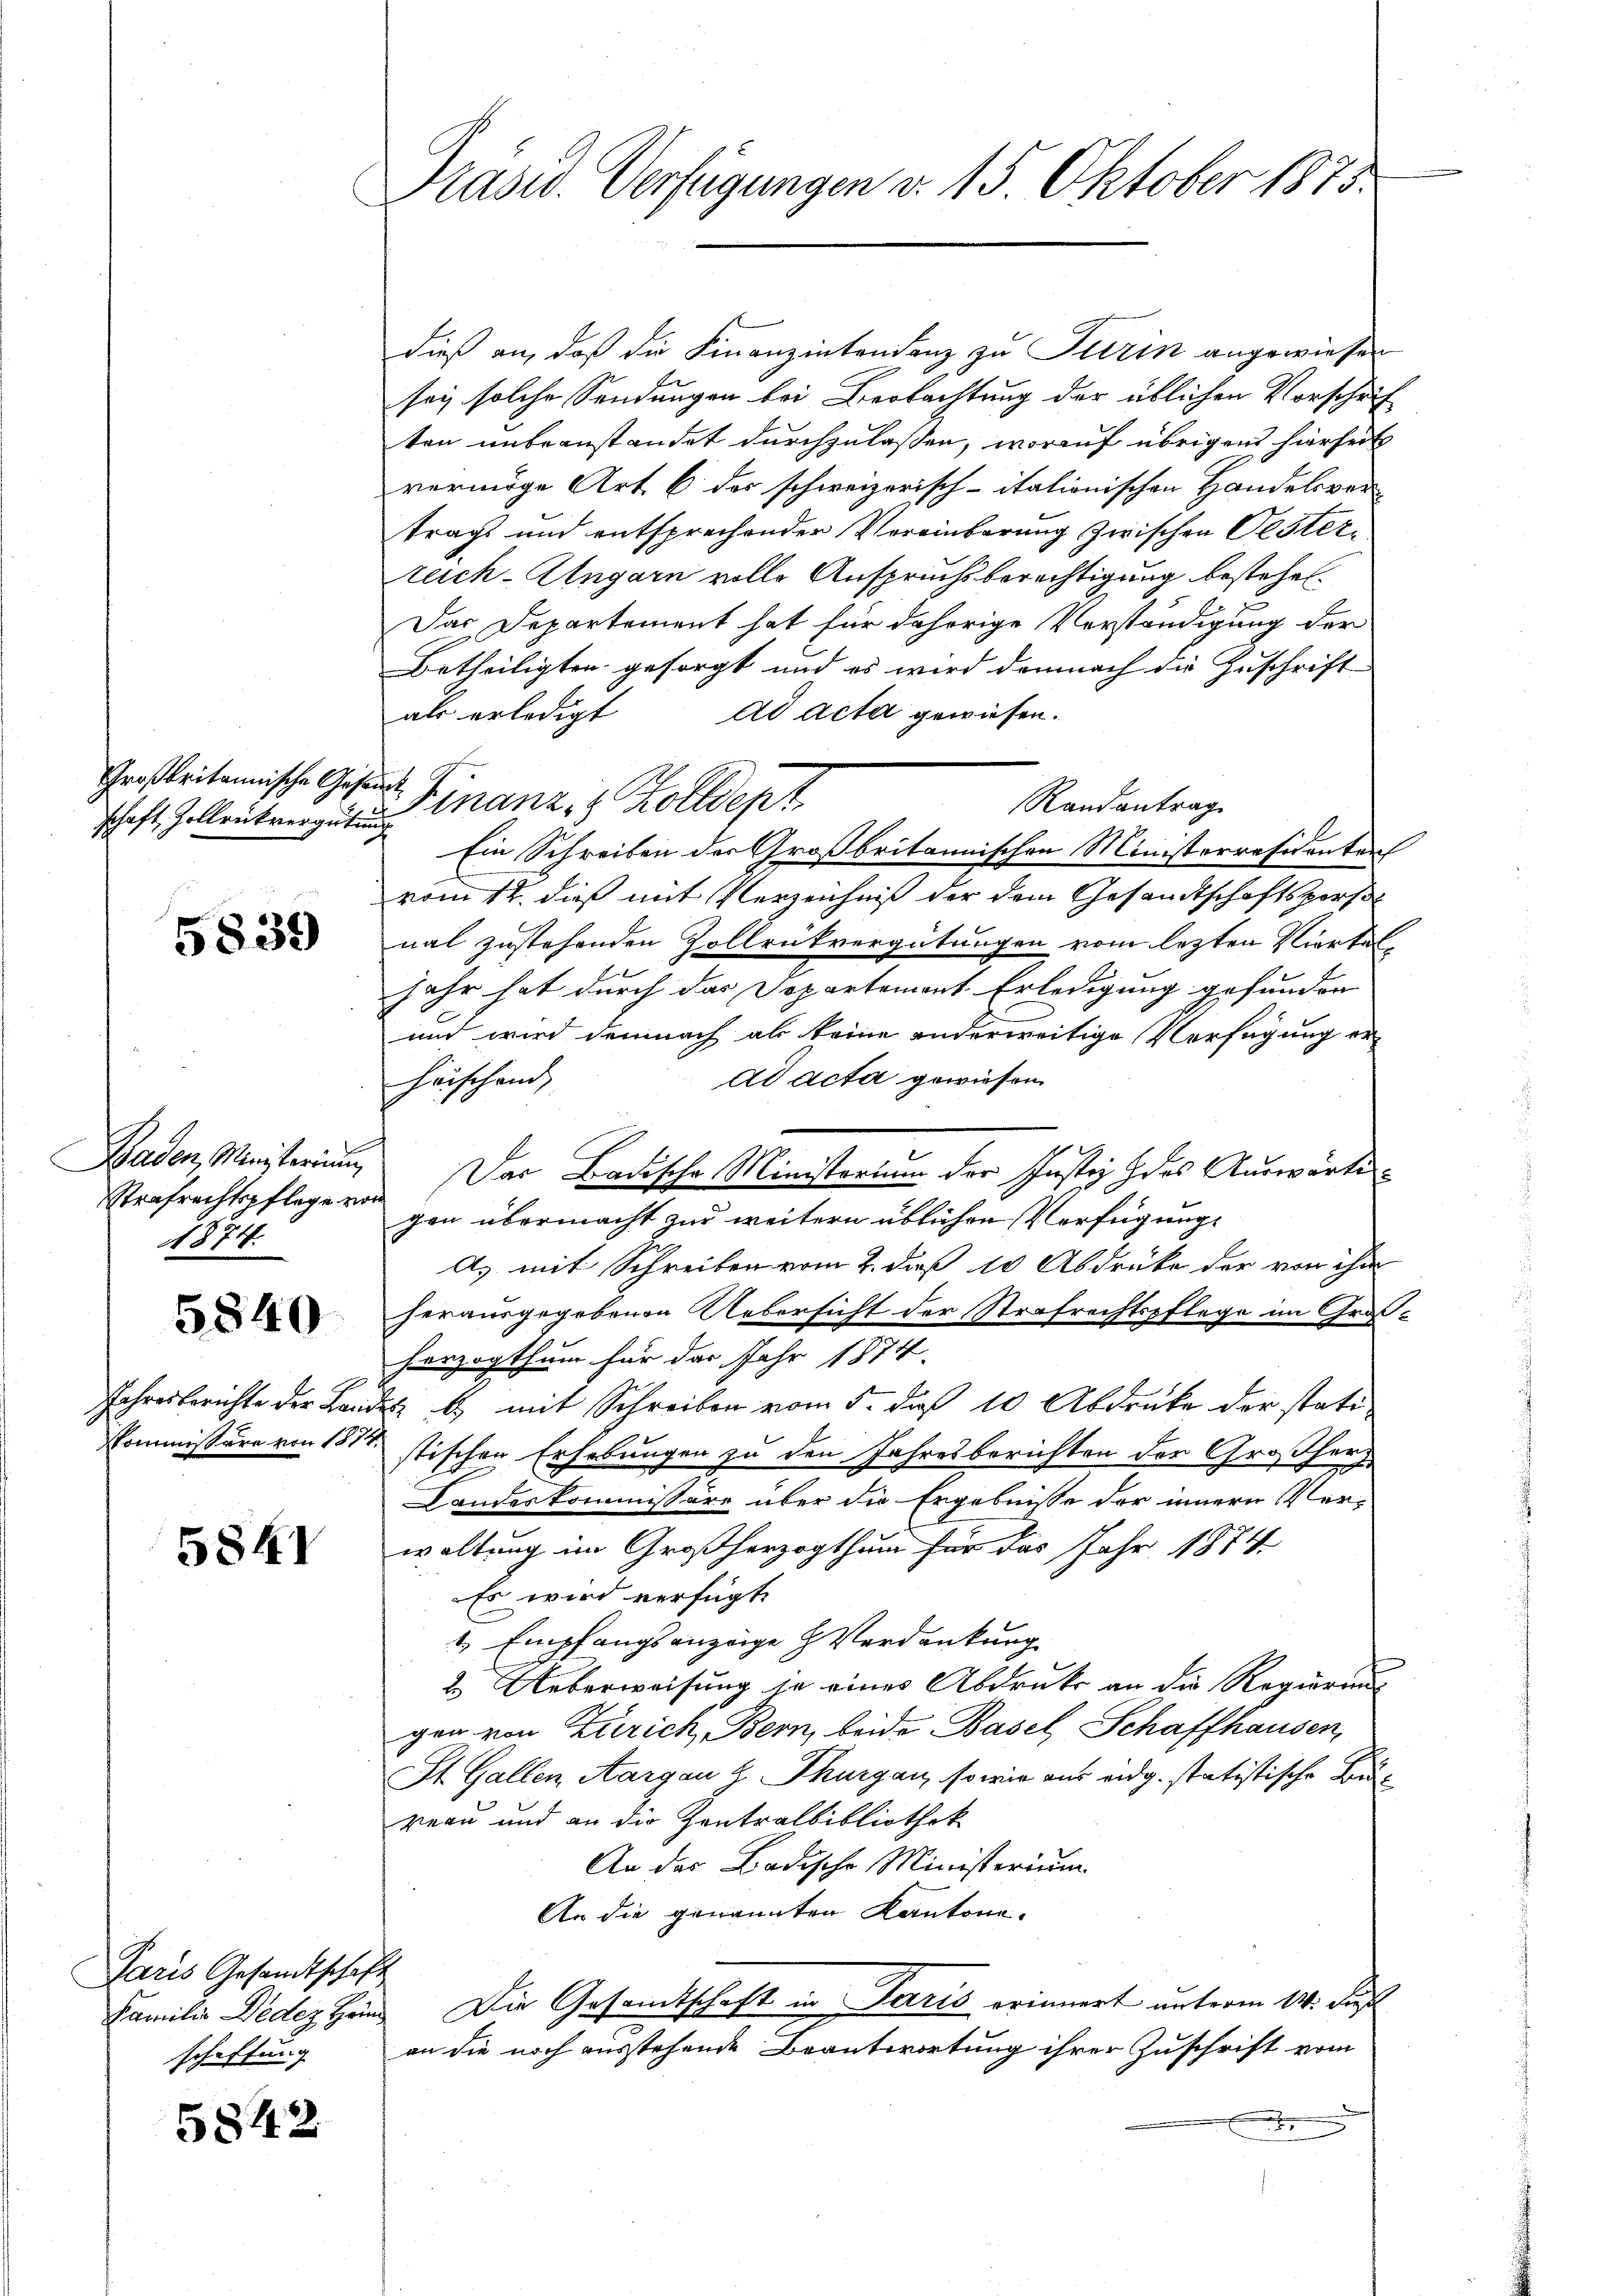
Großbritannische Gesandt

5839

Strafrechtspflege von
A874.

5840

5841

Paris Gesandtschaft
schaftung

5842

Präsid. Verfügungen d. 15. Oktober 1875.

schaft, Hollrukvergut inanz, 8 Zolldept

dieß an, daß die Finanzintrudenz zu Iltrin angewiesen
sey solche Sendungen bei Beobachtung der üblichen Vorschrif
ten unbeanstandet durchzulassen, worauf übrigens hierheit
vermöge Art. 6 des schweizerisch-itationischen Handelsver-
tragt und entsprechender Voreinbarung zwischen Oesterreich-Ungarn volle Anspruchsberechtigung bestehen.
Das Departement hat für daherige Verständigung der
Betheiligten gesorgt und es wird demnach die Zuschrift
als erledigt ad acta gewiesen.
Randantrag
Ein Schreiben der Großbritannischen Ministerräsidenten
vom 12. dieß mit Verzeichniß der dem Gesandtschaftsperso
nal zustehenden Zollrükvergütungen vom lezten Viertel¬
B
Jahr hat durch das Departement Erledigung gefunden
und wird demnach als keine anderweitige Verfügung er-
ad acta gewiesen.
Heischend,
gen übermacht zur weitern üblichen Verfügung
A. mit Schreiben vom 2. dieß 10 Abdrüke der von ihm
herausgegebenen Uebersicht der Strafrechtspflege im Großherzogthum für das Jahr 1874.
Jahresberichte der Landes b.) mit Schreiben vom 5. daß 10 Abdruke der stati¬
Kommissäre von 131 stischen Erhebungen zu den Jahresberichten der Großherz
Landeskommissäre über die Ergebnisse der innern Verwaltung im Großherzogthum für das Jahr 1874
Es wird verfügt:
1, Empfangsanzeige Verdankung
2. Ueberweisung je eines Abdruke an die Regierung
gen von Zürich, Bern, beide Basel, Schaffhausen,
St. Gallen Aargau 2. Thurgau, so wie aus eidg. statistische B
reau und an die Zentralbibliothek
An das Badische Ministerium
An die genannten Kantona¬
Familie Dedes Hein. Die Gesamtschaft in Paris erinnert unterm 14. Fuß
an die noch ausstehende Beantwortung ihrer Zuschrift vom
d

Baden, Ministerium Das Badische Ministerium der Justiz des Auswärte